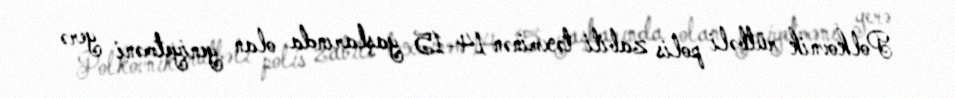
Polkovnik rütbəli polis zabiti təxminən 14-15 yaşlarında olan yeniyetməni yerə